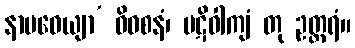
နာမဓေယျာ’ ဓိဝစနံ၊ ပဋိဝါကျံ တု ဥတ္တရံ။